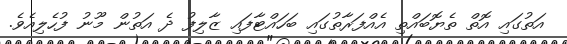
އަތުގައި އޮތް ތެޔޮބައްތި އެއްފަރާތުގައި ބަހައްޓާފައި ޒާލިފު ދެ އަތުން މޫނު ފުހެލިއެވެ.